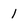
Character: 1